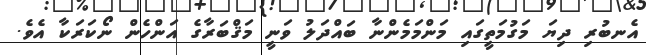
އެނބުރި ދިޔަ މަގުމަތީގައި މަންމަމެންނާ ބައްދަލު ވަނީ މަޤްބަރާގެ އަންހެން ނޯކަރަކާ އެވެ.